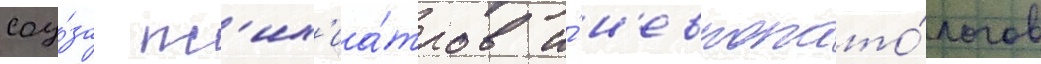
соу́за пс'их'иа́тров и́ н'европато́логов